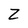
Character: Z